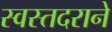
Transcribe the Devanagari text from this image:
स्वस्तदराने